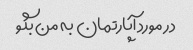
در مورد آپارتمان به من بگو